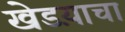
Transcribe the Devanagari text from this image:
खेडय़ाचा